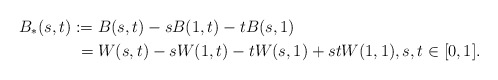
\begin{align*} B_*(s,t)&:= B(s,t) - sB(1,t) - tB(s,1)\\ &\;= W(s,t) - sW(1,t) - tW(s,1) + stW(1,1), s,t\in[0,1]. \end{align*}